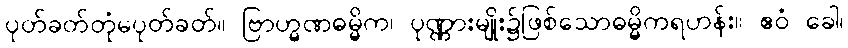
ပုတ်ခတ်တုံမပုတ်ခတ်။ ဗြာဟ္မဏဓမ္မိက၊ ပုဏ္ဏားမျိုး၌ဖြစ်သောဓမ္မိကရဟန်း။ ဧဝံ ခေါ၊